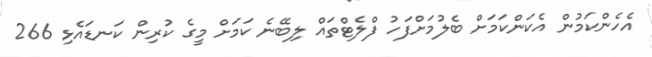
އެހެންކަމުން އެކަންކަމަށް ބެލުމަށްފަހު ފްލެޓްތައް ލިބޭނެ ކަމަށް މީގެ ކުރިން ކަނޑައެޅި 266